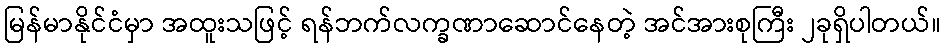
မြန်မာနိုင်ငံမှာ အထူးသဖြင့် ရန်ဘက်လက္ခဏာဆောင်နေတဲ့ အင်အားစုကြီး ၂ခုရှိပါတယ်။